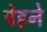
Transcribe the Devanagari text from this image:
पेहने